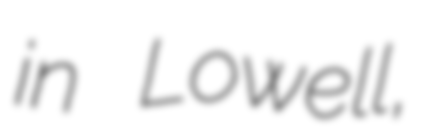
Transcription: in Lowell,